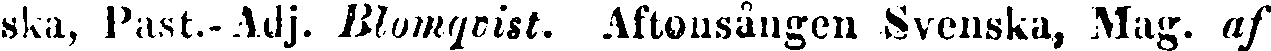
ska, Past.-Adj. Blomqvist. Aftonsången Svenska, Mag. af